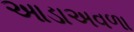
આડાઅવળા